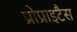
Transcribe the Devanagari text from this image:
प्रोप्राइटैस